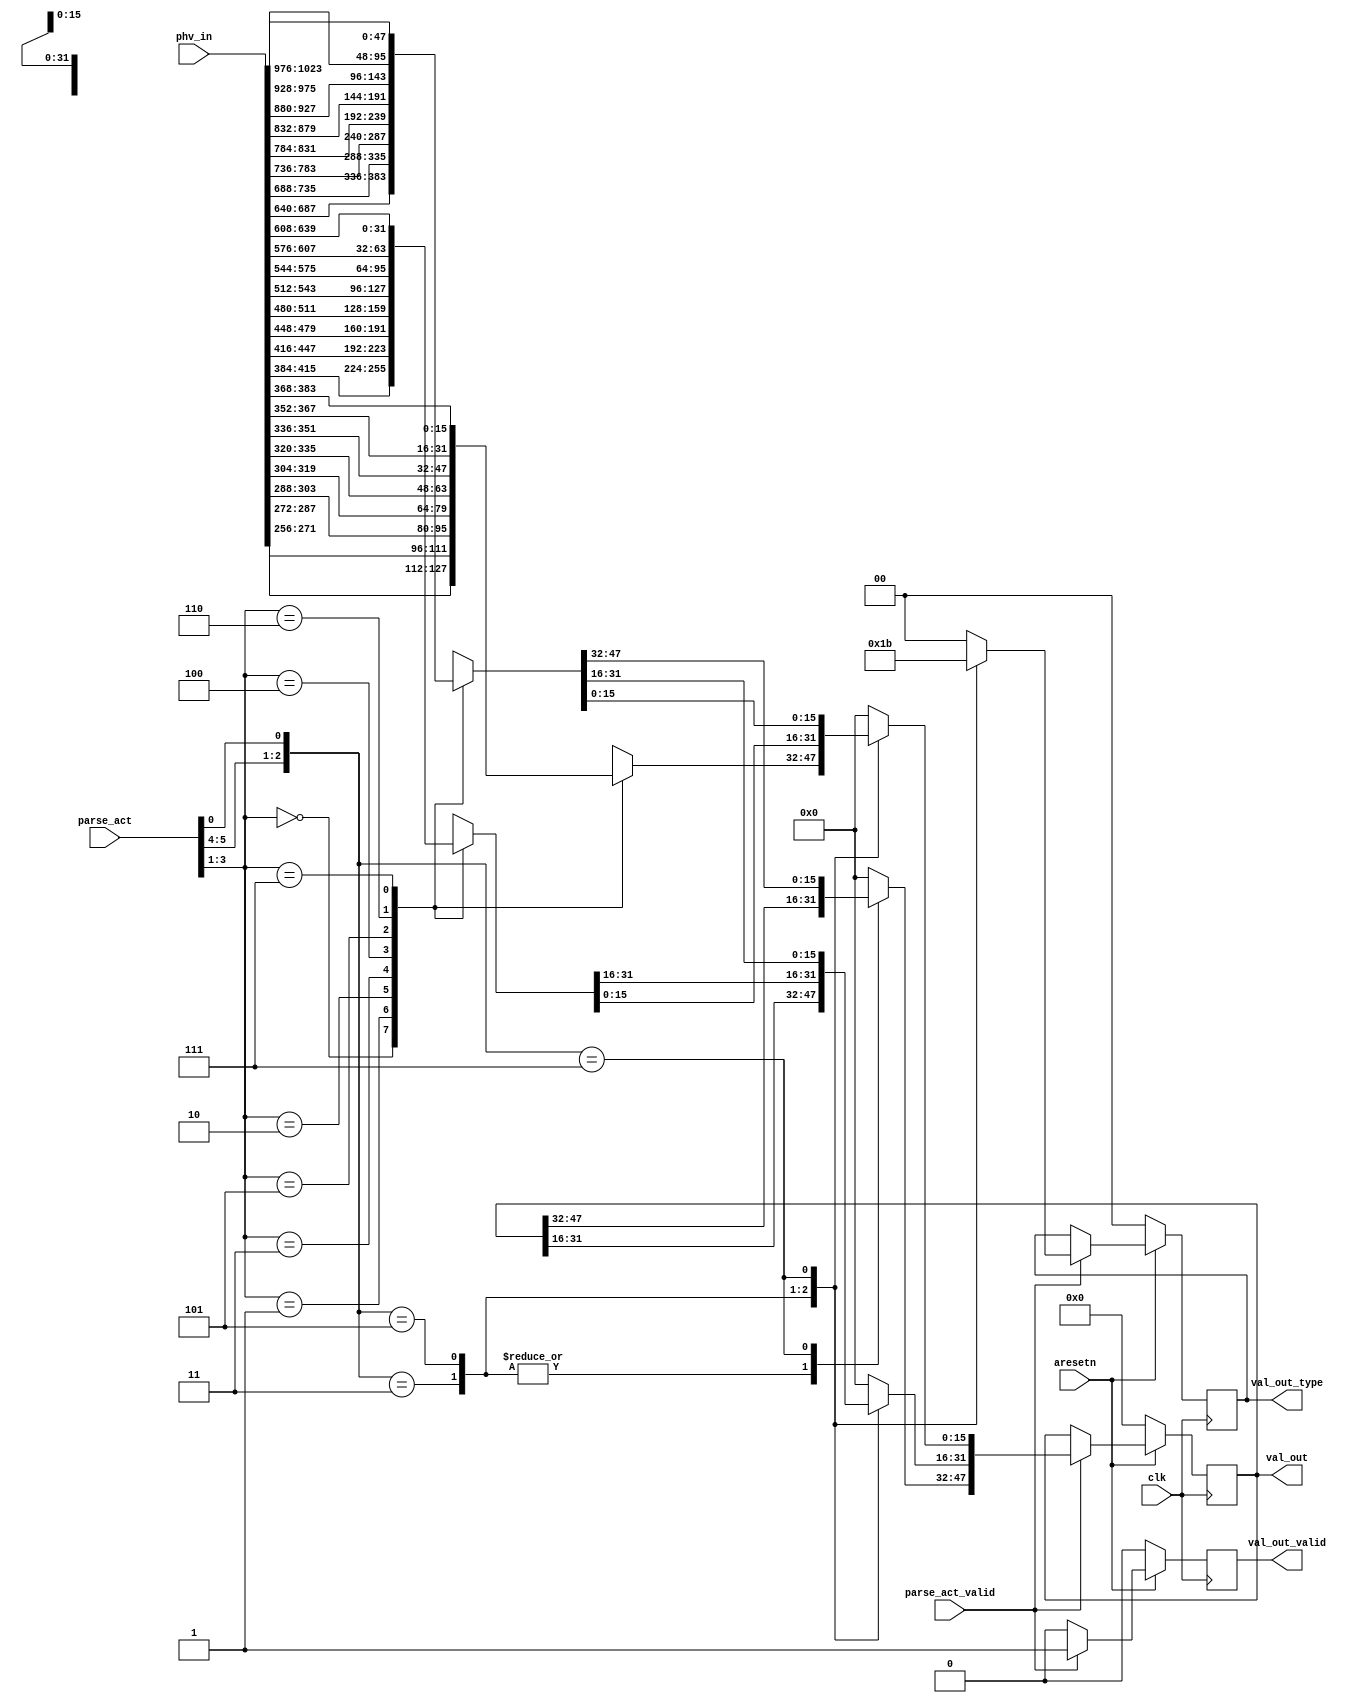
`timescale 1ns / 1ps


module sub_deparser #(
	parameter C_PKT_VEC_WIDTH = (6+4+2)*8*8+256,
	parameter C_PARSE_ACT_LEN = 6						// only 6 bits are used here
)
(
	input										clk,
	input										aresetn,

	input										parse_act_valid,
	input [C_PARSE_ACT_LEN-1:0]					parse_act,
	input [C_PKT_VEC_WIDTH-1:0]					phv_in,

	output reg									val_out_valid,
	output reg [47:0]							val_out,
	output reg [1:0]							val_out_type
);

localparam PHV_2B_START_POS = 0+256;
localparam PHV_4B_START_POS = 16*8+256;
localparam PHV_6B_START_POS = 16*8+32*8+256;


reg			val_out_valid_nxt;
reg [47:0]	val_out_nxt;
reg [1:0]	val_out_type_nxt;


always @(*) begin
	val_out_valid_nxt = 0;
	val_out_nxt = val_out;
	val_out_type_nxt = val_out_type;

	if (parse_act_valid) begin
		val_out_valid_nxt = 1;

		case({parse_act[5:4], parse_act[0]})
			// 2B
			3'b011: begin
				val_out_type_nxt = 2'b01;
				case(parse_act[3:1])
					3'd0: val_out_nxt[15:0] = phv_in[PHV_2B_START_POS+16*0 +: 16];
					3'd1: val_out_nxt[15:0] = phv_in[PHV_2B_START_POS+16*1 +: 16];
					3'd2: val_out_nxt[15:0] = phv_in[PHV_2B_START_POS+16*2 +: 16];
					3'd3: val_out_nxt[15:0] = phv_in[PHV_2B_START_POS+16*3 +: 16];
					3'd4: val_out_nxt[15:0] = phv_in[PHV_2B_START_POS+16*4 +: 16];
					3'd5: val_out_nxt[15:0] = phv_in[PHV_2B_START_POS+16*5 +: 16];
					3'd6: val_out_nxt[15:0] = phv_in[PHV_2B_START_POS+16*6 +: 16];
					3'd7: val_out_nxt[15:0] = phv_in[PHV_2B_START_POS+16*7 +: 16];
				endcase
			end
			// 4B
			3'b101: begin
				val_out_type_nxt = 2'b10;
				case(parse_act[3:1])
					3'd0: val_out_nxt[31:0] = phv_in[PHV_4B_START_POS+32*0 +: 32];
					3'd1: val_out_nxt[31:0] = phv_in[PHV_4B_START_POS+32*1 +: 32];
					3'd2: val_out_nxt[31:0] = phv_in[PHV_4B_START_POS+32*2 +: 32];
					3'd3: val_out_nxt[31:0] = phv_in[PHV_4B_START_POS+32*3 +: 32];
					3'd4: val_out_nxt[31:0] = phv_in[PHV_4B_START_POS+32*4 +: 32];
					3'd5: val_out_nxt[31:0] = phv_in[PHV_4B_START_POS+32*5 +: 32];
					3'd6: val_out_nxt[31:0] = phv_in[PHV_4B_START_POS+32*6 +: 32];
					3'd7: val_out_nxt[31:0] = phv_in[PHV_4B_START_POS+32*7 +: 32];
				endcase
			end
			// 6B
			3'b111: begin
				val_out_type_nxt = 2'b11;
				case(parse_act[3:1])
					3'd0: val_out_nxt[47:0] = phv_in[PHV_6B_START_POS+48*0 +: 48];
					3'd1: val_out_nxt[47:0] = phv_in[PHV_6B_START_POS+48*1 +: 48];
					3'd2: val_out_nxt[47:0] = phv_in[PHV_6B_START_POS+48*2 +: 48];
					3'd3: val_out_nxt[47:0] = phv_in[PHV_6B_START_POS+48*3 +: 48];
					3'd4: val_out_nxt[47:0] = phv_in[PHV_6B_START_POS+48*4 +: 48];
					3'd5: val_out_nxt[47:0] = phv_in[PHV_6B_START_POS+48*5 +: 48];
					3'd6: val_out_nxt[47:0] = phv_in[PHV_6B_START_POS+48*6 +: 48];
					3'd7: val_out_nxt[47:0] = phv_in[PHV_6B_START_POS+48*7 +: 48];
				endcase
			end
			default: begin
				val_out_type_nxt = 0;
				val_out_nxt = 0;
			end
		endcase
	end
end


always @(posedge clk) begin
	if (~aresetn) begin
		val_out_valid <= 0;
		val_out <= 0;
		val_out_type <= 0;
	end
	else begin
		val_out_valid <= val_out_valid_nxt;
		val_out <= val_out_nxt;
		val_out_type <= val_out_type_nxt;
	end
end

endmodule